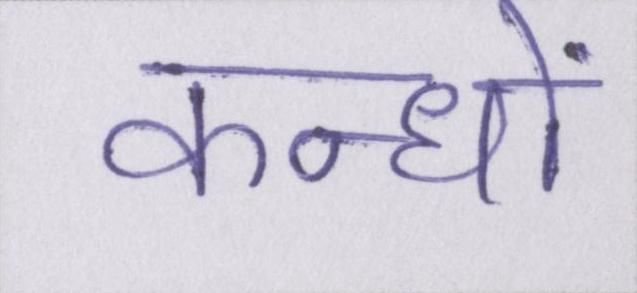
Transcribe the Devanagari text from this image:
कन्धों